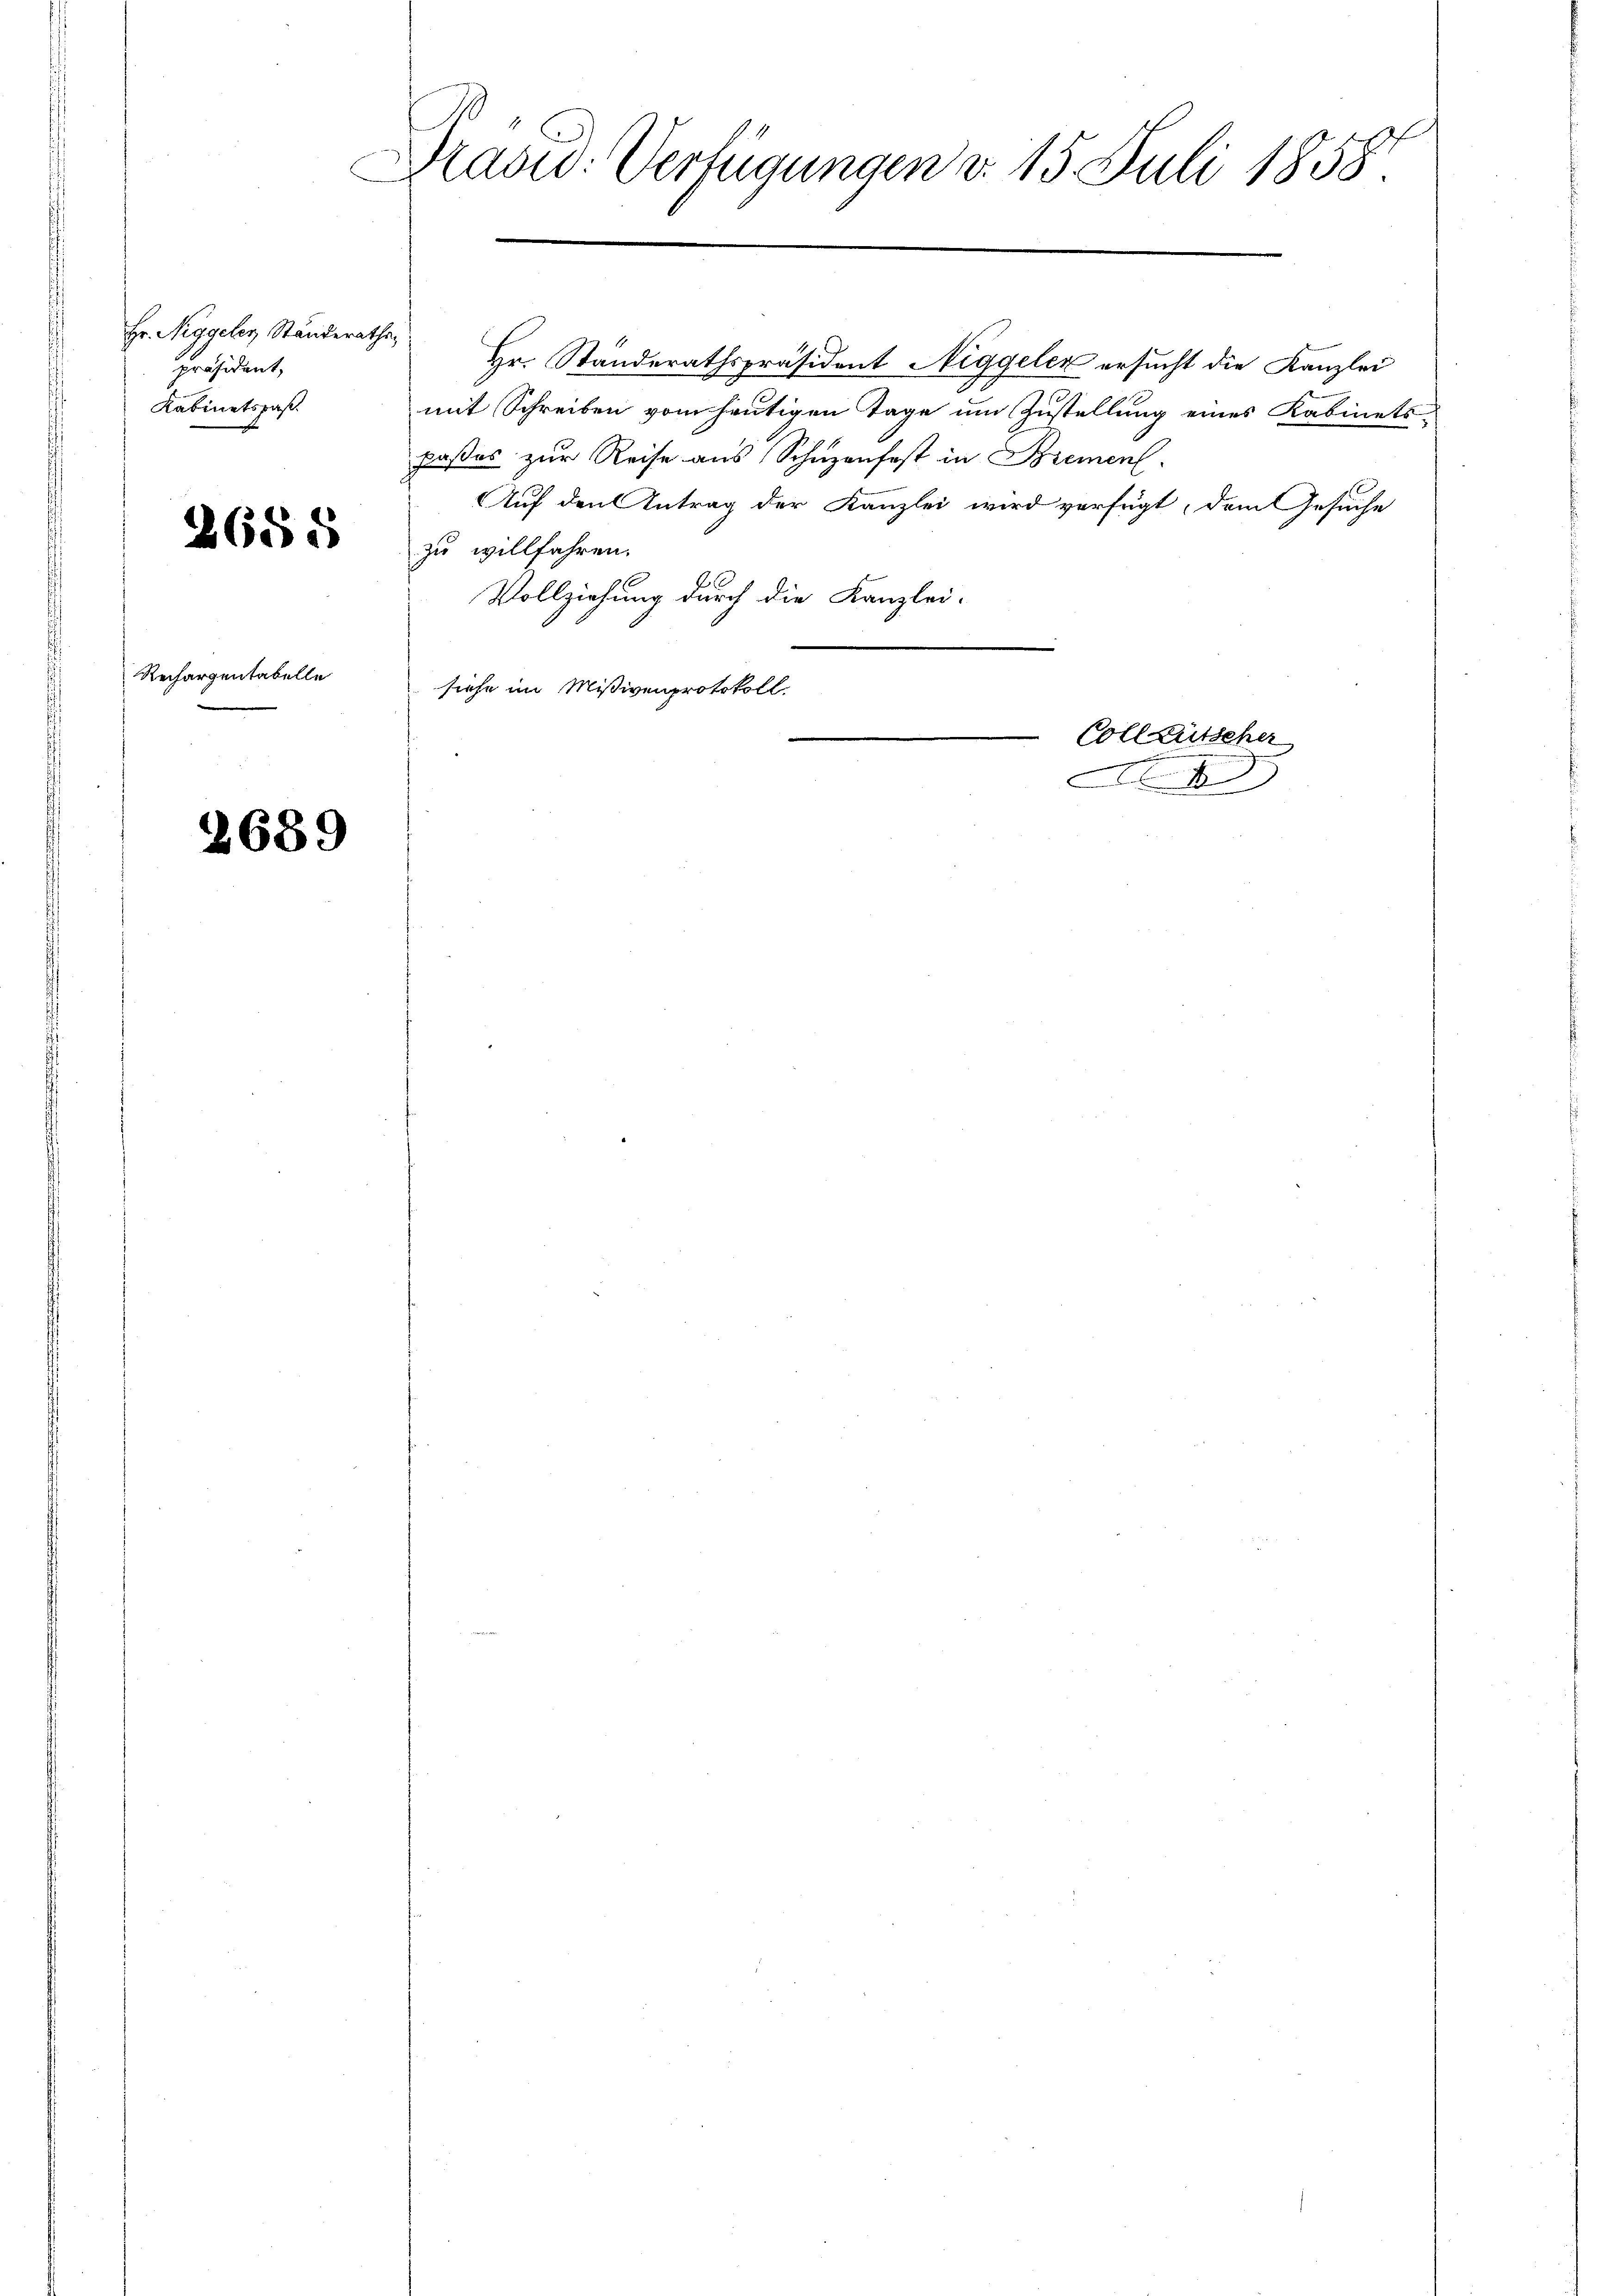
Hr. Niggeley Ständerathe
präsident,
Kabinetspaß.

2688

Rechargentabelle
2

2689

Drasw: Verfügungen d. 15. Juli 1858.

Hr. Standerathspräsident Niggeler ersucht die Kanzlei
mit Schreiben vom heutigen Tage um Zustellung eines Kabinets-
paßes zur Reise aus Schuzenfest in Brement.
Auf den Antrag der Kanzlei wird verfügt, dem Gesuche
zu willfahren.
E
Vollziehung durch die Kanzlei-
.
siehe im Mißivenprotokoll.
.
Colleütscher
.